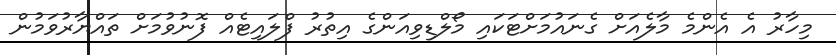
މިހާރު އެ އެންމެ މާލެއަށް ގެނައުމަށްޓަކައި މޯލްޑިވިއަންގެ އިތުރު ފްލައިޓެއް ފޮނުވުމަށް ތައްޔާރުވަމުން